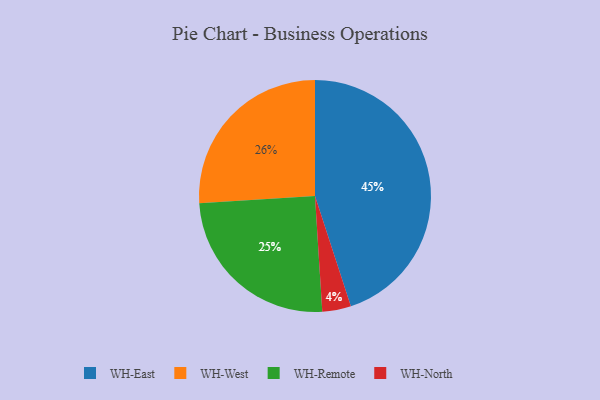
{"axis": {"x": "Category", "y": "Percentage"}, "legend": ["WH-East", "WH-North", "WH-Remote", "WH-West"], "data": [{"x": "WH-North", "y": 4, "type": "WH-North"}, {"x": "WH-Remote", "y": 25, "type": "WH-Remote"}, {"x": "WH-East", "y": 45, "type": "WH-East"}, {"x": "WH-West", "y": 26, "type": "WH-West"}]}